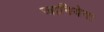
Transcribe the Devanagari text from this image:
जानियेगा